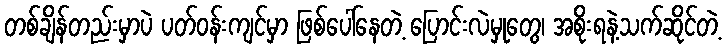
တစ်ချိန်တည်းမှာပဲ ပတ်ဝန်းကျင်မှာ ဖြစ်ပေါ်နေတဲ့ ပြောင်းလဲမှုတွေ၊ အစိုးရနဲ့သက်ဆိုင်တဲ့